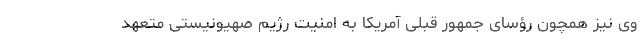
وی نیز همچون رؤسای جمهور قبلی آمریکا به امنیت رژیم صهیونیستی متعهد